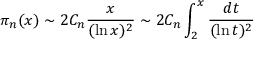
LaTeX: \pi _ { n } ( x ) \sim 2 C _ { n } { \frac { x } { ( \ln x ) ^ { 2 } } } \sim 2 C _ { n } \int _ { 2 } ^ { x } { \frac { d t } { ( \ln t ) ^ { 2 } } }